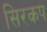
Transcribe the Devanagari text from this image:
सिरकप